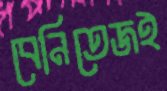
বেনিতেজই